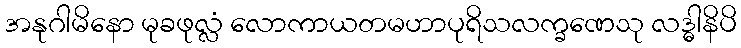
အနုဂါမိနော မုခဖုလ္လံ လောကာယတမဟာပုရိသလက္ခဏေသု လဒ္ဓါနိပိ